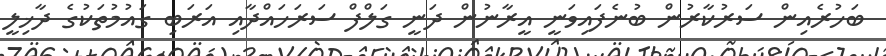
ބަހުރެއިން ސަރުކާރުން ބުނެފައިވަނީ އީރާނުން ދަނީ ގަލްފް ސަރަހައްދާއި އަރަބި ގައުމުތަކުގެ ދާޚިލީ